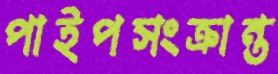
পাইপসংক্রান্ত